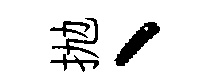
抛、